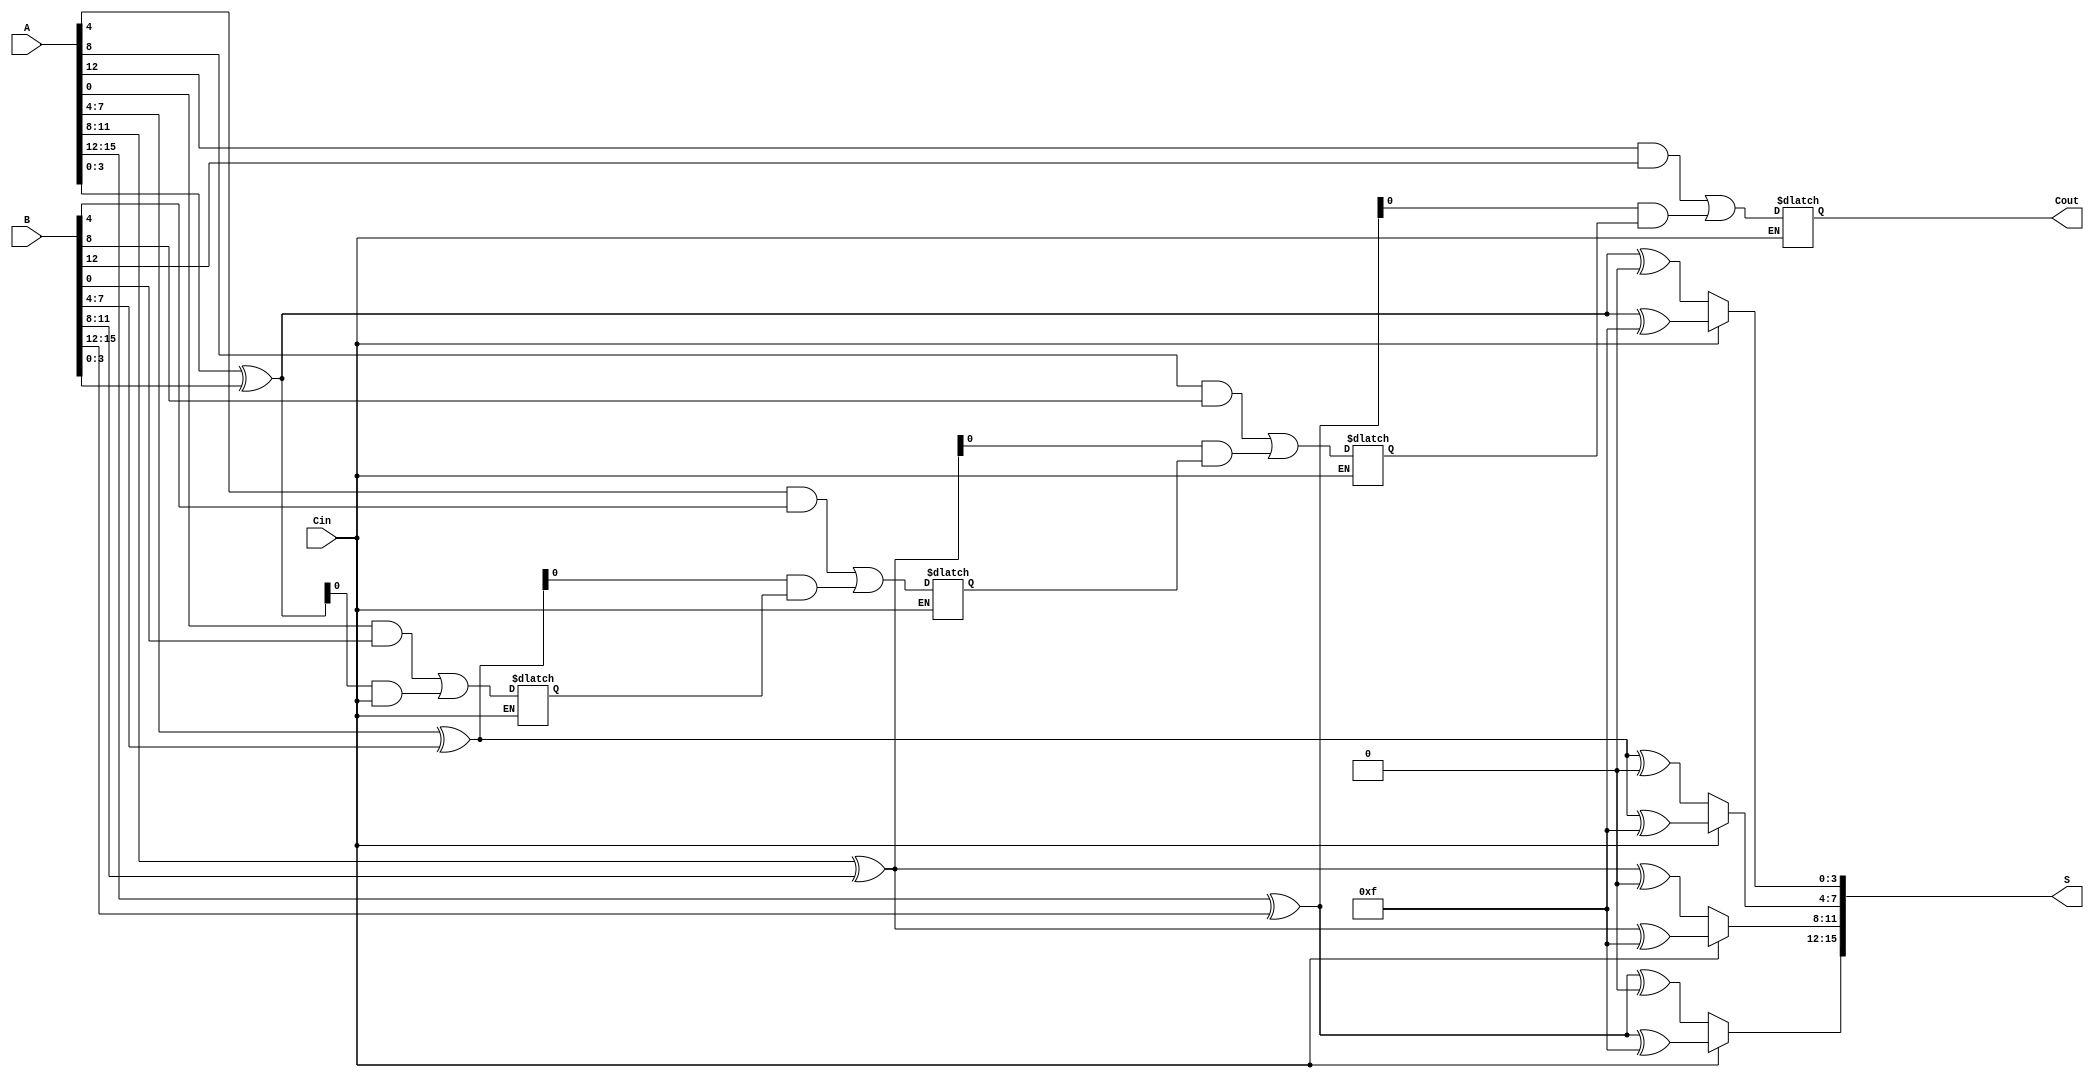
module CarrySelectAdder (
    input [15:0] A,      // 16-bit input A
    input [15:0] B,      // 16-bit input B
    input Cin,           // Carry-in
    output [15:0] S,     // 16-bit Sum output
    output Cout          // Carry-out
);

    // Define the size of each block
    parameter BLOCK_SIZE = 4;
    parameter NUM_BLOCKS = 4; // For 16-bit inputs, we have 4 blocks of 4 bits

    // Internal signals
    wire [BLOCK_SIZE-1:0] S0 [0:NUM_BLOCKS-1];
    wire [BLOCK_SIZE-1:0] S1 [0:NUM_BLOCKS-1];
    wire C0 [0:NUM_BLOCKS-1];
    wire C1 [0:NUM_BLOCKS-1];
    wire G [0:NUM_BLOCKS-1];
    wire P [0:NUM_BLOCKS-1];
    
    // Generate and Propagate signals for each block
    genvar i, j;
    generate
        for (i = 0; i < NUM_BLOCKS; i = i + 1) begin : block
            // Compute Generate and Propagate
            assign G[i] = A[(i+1)*BLOCK_SIZE-1:(i*BLOCK_SIZE)] & B[(i+1)*BLOCK_SIZE-1:(i*BLOCK_SIZE)];
            assign P[i] = A[(i+1)*BLOCK_SIZE-1:(i*BLOCK_SIZE)] ^ B[(i+1)*BLOCK_SIZE-1:(i*BLOCK_SIZE)];

            // Carry lookahead for each block
            if (i == 0) begin
                assign C0[i] = G[i] | (P[i] & Cin); // First block considers Cin directly
            end else begin
                assign C0[i] = G[i] | (P[i] & C1[i-1]);
            end

            // Calculate sums with Cin = 0 and Cin = 1
            assign S0[i] = A[(i+1)*BLOCK_SIZE-1:(i*BLOCK_SIZE)] ^ B[(i+1)*BLOCK_SIZE-1:(i*BLOCK_SIZE)] ^ {BLOCK_SIZE{1'b0}};
            assign S1[i] = A[(i+1)*BLOCK_SIZE-1:(i*BLOCK_SIZE)] ^ B[(i+1)*BLOCK_SIZE-1:(i*BLOCK_SIZE)] ^ {BLOCK_SIZE{1'b1}};
        end
    endgenerate

    // Multiplexers to select the correct sum and carry outputs
    generate
        for (i = 0; i < NUM_BLOCKS; i = i + 1) begin : mux
            assign S[(i+1)*BLOCK_SIZE-1:(i*BLOCK_SIZE)] = Cin ? S1[i] : S0[i];
            assign C1[i] = Cin ? C1[i] : C0[i];
        end
    endgenerate

    // Final Carry-out from the last block
    assign Cout = C1[NUM_BLOCKS-1];

endmodule